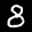
Label: 8